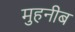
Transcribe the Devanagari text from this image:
मुहनीब